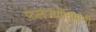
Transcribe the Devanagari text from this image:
फलज्योतिषांनी